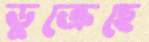
ডুক্‌রেছে